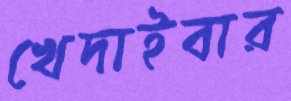
খেদাইবার